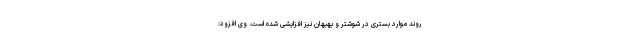
روند موارد بستری در شوشتر و بهبهان نیز افزایشی شده است. وی افزود: